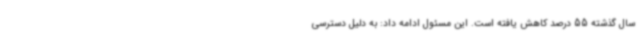
سال گذشته 55 درصد کاهش یافته است. این مسئول ادامه داد: به دلیل دسترسی